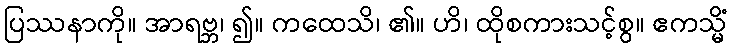
ပြဿနာကို။ အာရဗ္ဘ၊ ၍။ ကထေသိ၊ ၏။ ဟိ၊ ထိုစကားသင့်စွ။ ဧကသ္မိံ